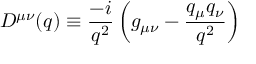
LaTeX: D ^ { \mu \nu } ( q ) \equiv { \frac { - i } { q ^ { 2 } } } \left( g _ { \mu \nu } - { \frac { q _ { \mu } q _ { \nu } } { q ^ { 2 } } } \right)